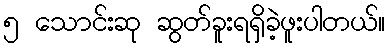
၅ သောင်းဆု ဆွတ်ခူးရရှိခဲ့ဖူးပါတယ်။